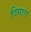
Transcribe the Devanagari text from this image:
दिमाग